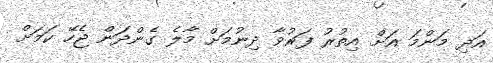
އަދި މަންމަ އަށް އިތުރު ފަރުވާ ދިނުމަށް މާލެ ގެންދަން ޖެހޭ ކަމަށް